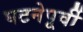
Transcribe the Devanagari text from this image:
घटनेपूर्वी